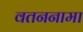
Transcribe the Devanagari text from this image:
वतननामा